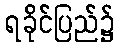
ရခိုင်ပြည်၌